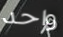
واحد